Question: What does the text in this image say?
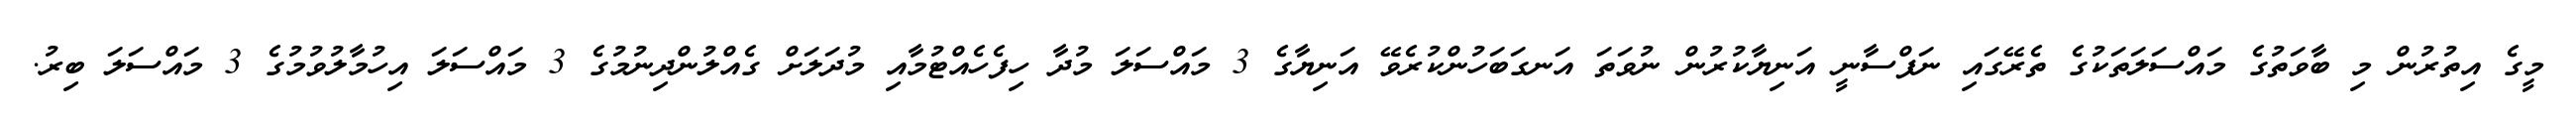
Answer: މީގެ އިތުރުން މި ބާވަތުގެ މައްސަލަތަކުގެ ތެރޭގައި ނަފްސާނީ އަނިޔާކުރުން ނުވަތަ އަނގަބަހުންކުރެވޭ އަނިޔާގެ 3 މައްސަލަ މުދާ ހިފެހެއްޓުމާއި މުދަލަށް ގެއްލުންދިނުމުގެ 3 މައްސަލަ އިހުމާލުވުމުގެ 3 މައްސަލަ ބިރު.